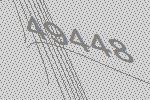
49448